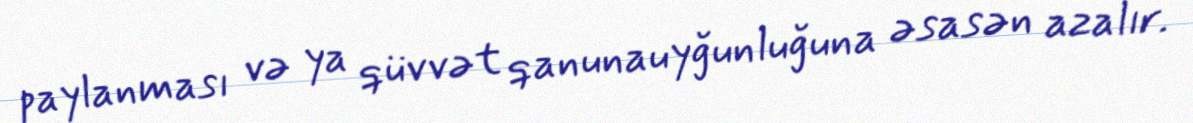
paylanması və ya qüvvət qanunauyğunluğuna əsasən azalır.